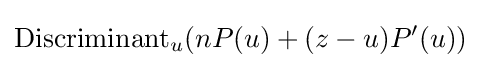
\mathrm {Discriminant} _{u}(nP(u)+(z-u)P'(u))